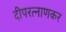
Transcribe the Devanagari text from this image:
दीपरत्नाणकर